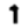
Digit: 1